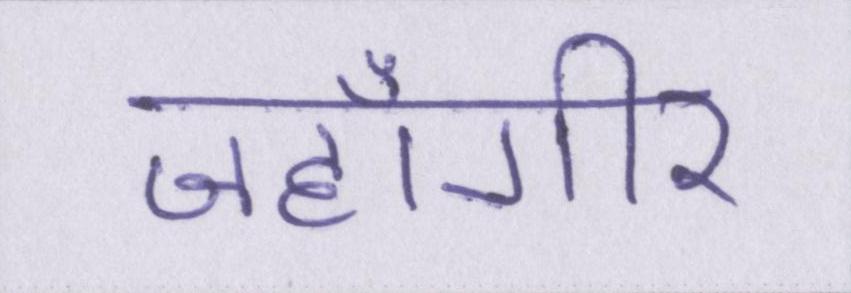
जहाँगीर